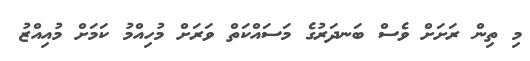
މި ތިން ރަށަށް ވެސް ބަނދަރުގެ މަސައްކަތް ވަރަށް މުހިއްމު ކަަމަށް މުއިއްޒު